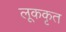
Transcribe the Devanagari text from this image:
लूककृत